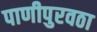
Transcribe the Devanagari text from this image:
पाणीपुरवठा